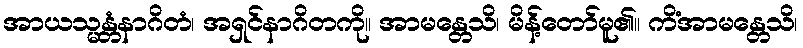
အာယသ္မန္တံနာဂိတံ၊ အရှင်နာဂိတကို။ အာမန္တေသိ၊ မိန့်တော်မူ၏။ ကိံအာမန္တေသိ၊